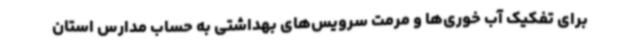
برای تفکیک آب خوری‌ها و مرمت سرویس‌های بهداشتی به حساب مدارس استان